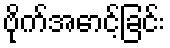
ဗိုက်အောင့်ခြင်း